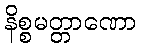
နိစ္စမတ္တာဏော